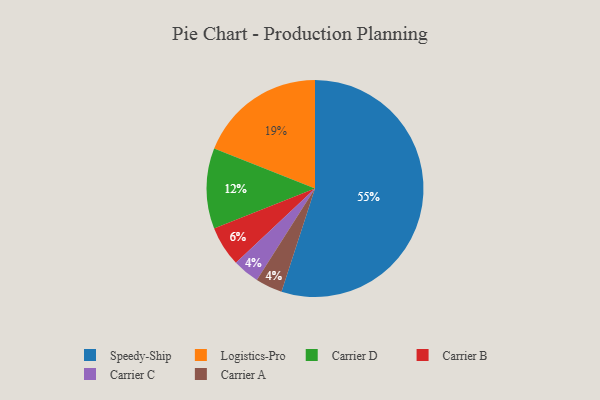
{"axis": {"x": "Category", "y": "Percentage"}, "legend": ["Carrier A", "Carrier B", "Carrier C", "Carrier D", "Logistics-Pro", "Speedy-Ship"], "data": [{"x": "Logistics-Pro", "y": 19, "type": "Logistics-Pro"}, {"x": "Speedy-Ship", "y": 55, "type": "Speedy-Ship"}, {"x": "Carrier C", "y": 4, "type": "Carrier C"}, {"x": "Carrier B", "y": 6, "type": "Carrier B"}, {"x": "Carrier D", "y": 12, "type": "Carrier D"}, {"x": "Carrier A", "y": 4, "type": "Carrier A"}]}